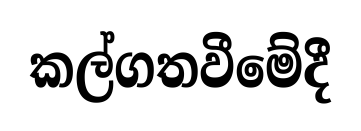
කල්ගතවීමේදී